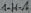
Text: 1-H-A